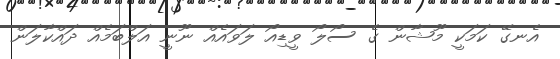
އެނގޭ ކަމަކީ މޫޝާން ގެ ސޯލޯ ވީޑިއޯ ލަވައެއް ނޫނީ އަލްބަމެއް ދައްކާލަން